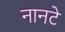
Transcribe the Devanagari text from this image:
नानटे